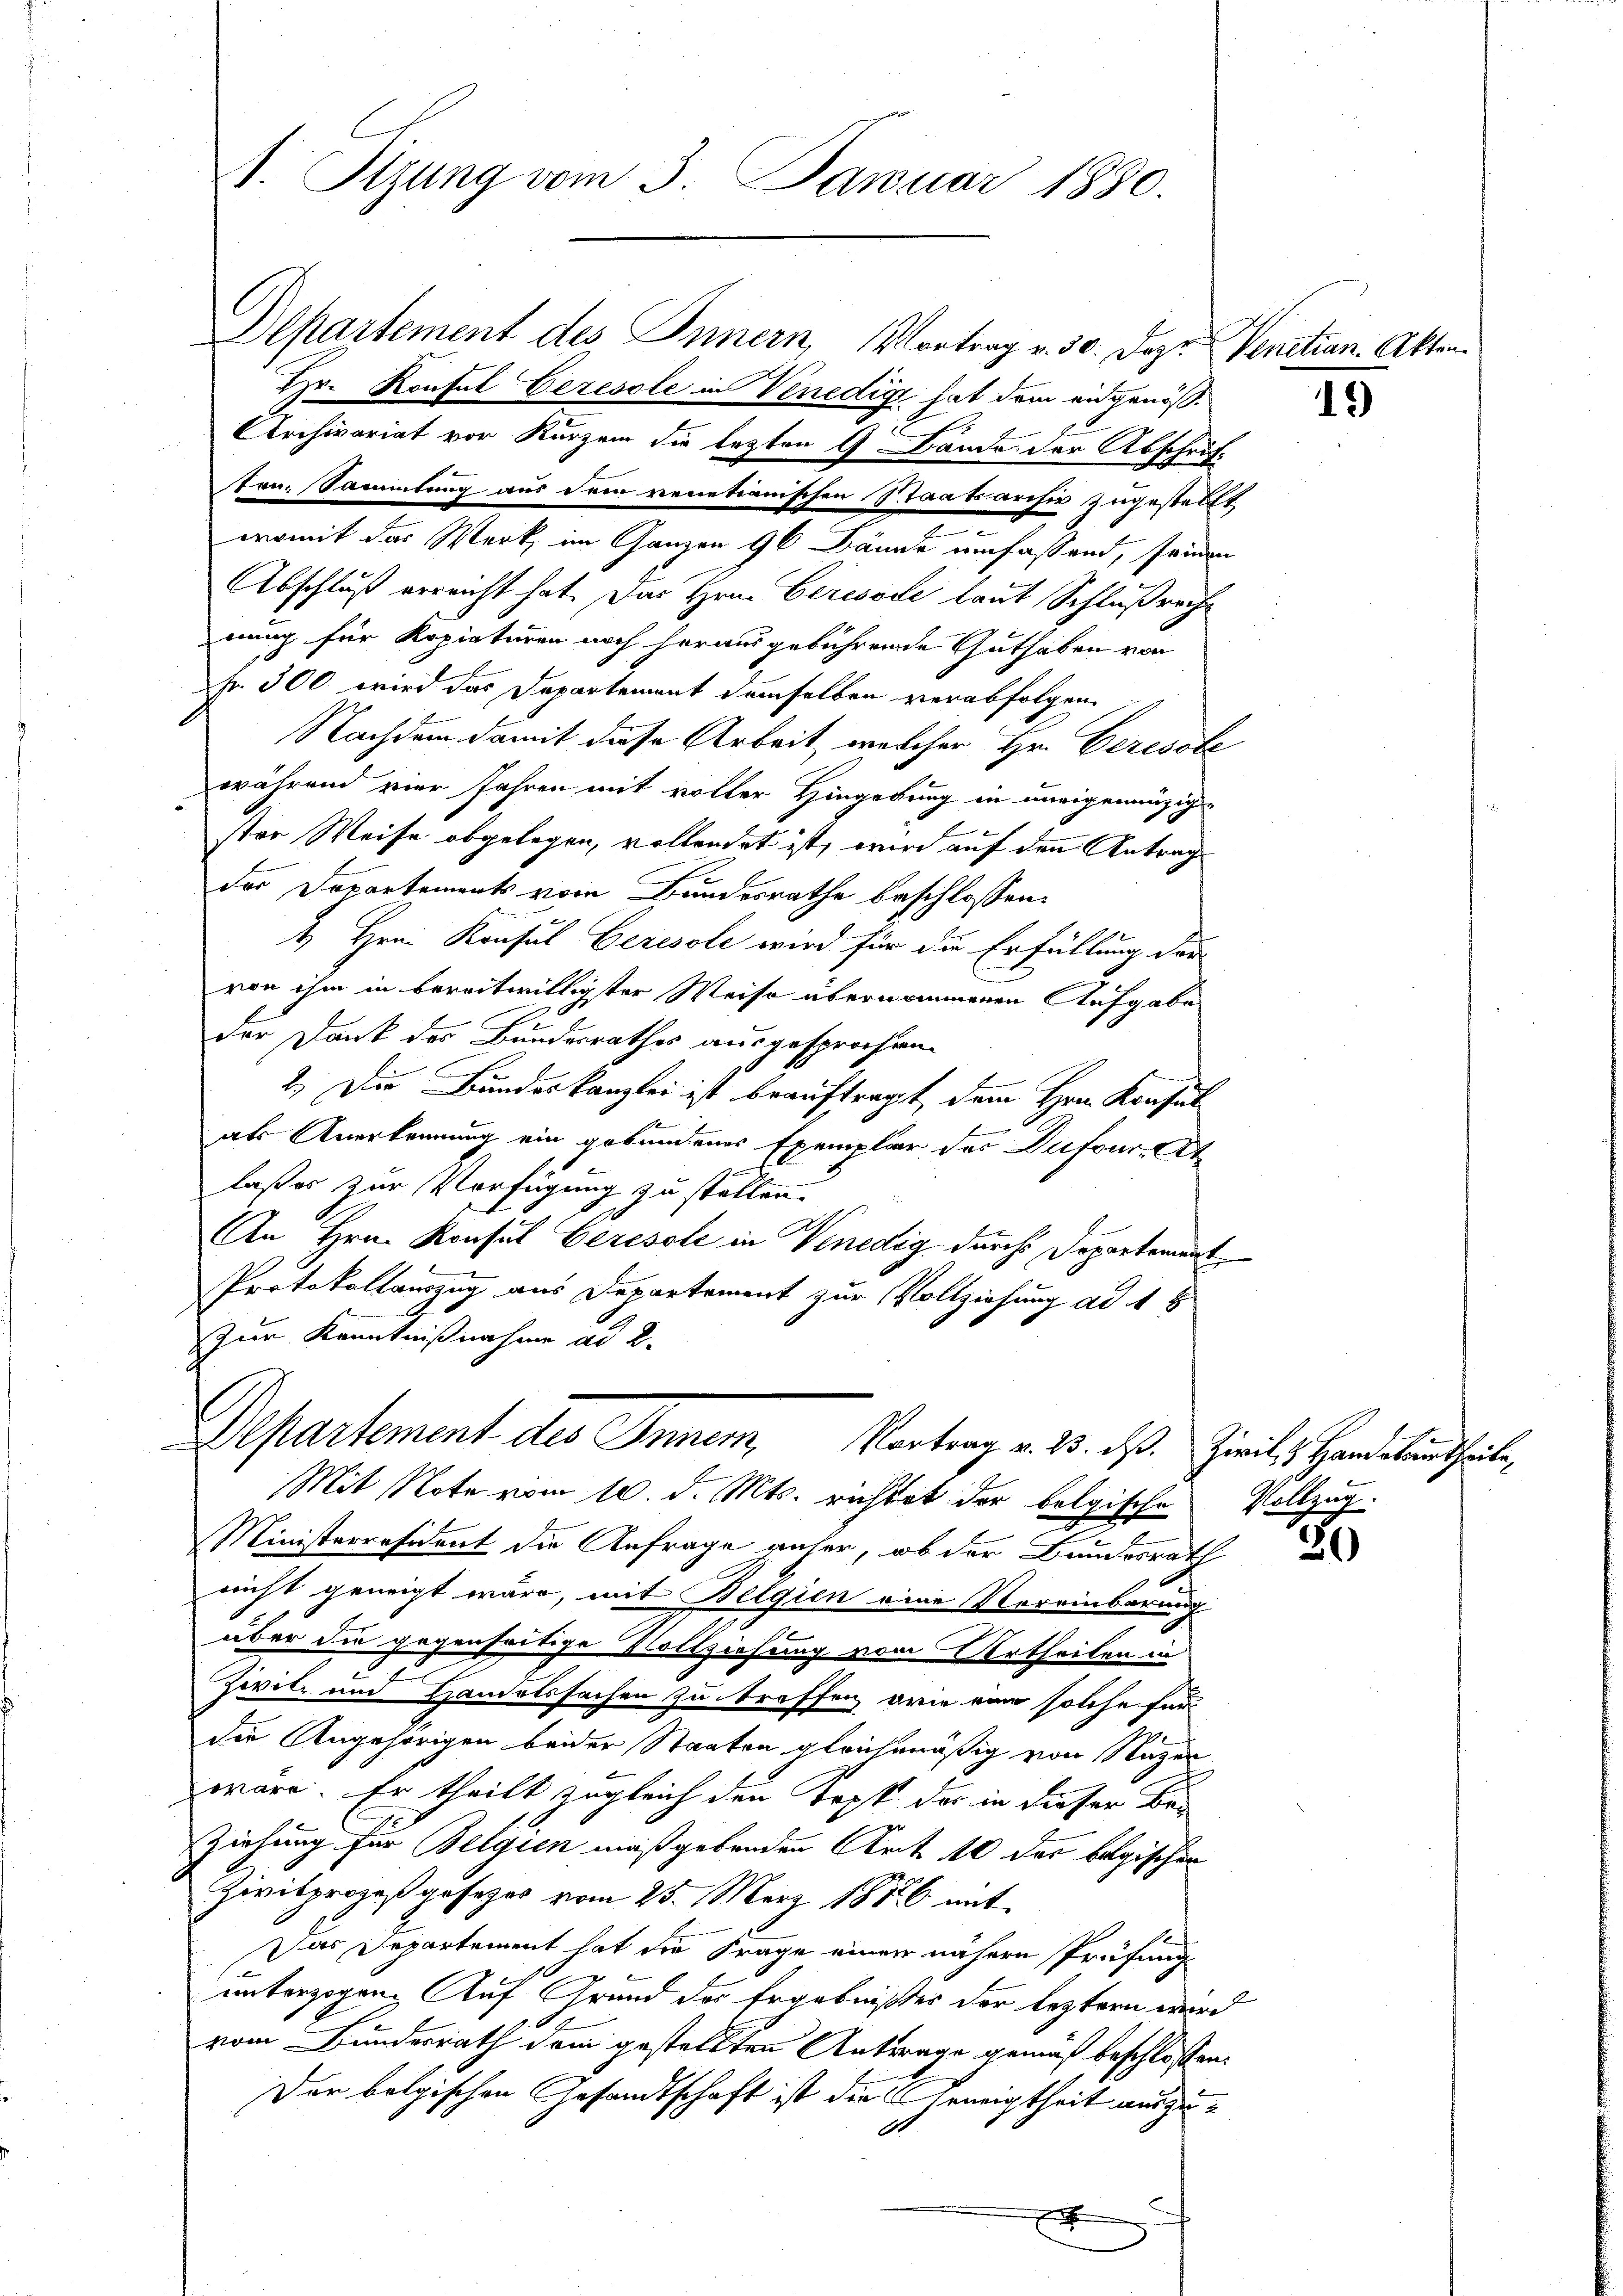
Departement des Innern Vortrag v. 30. Dazu Venetian Akten.
Hr. Konsul Ceresole in Venedigt hat dem eidgenöß¬
Archivariat vor Kurzem die lezten 9 Bande der Abschriften. Sammlung aus dem venetianischen Staatsarchiv zugestellt
womit das Werk, im Ganzen 96 Bände umfassend, seinen
Abschluß erreicht hat. Das Hrn. Ceresode laut Schlußrechnung für Kopiaturen noch herausgebührende Guthaben von
fr. 300 wird das Departement demselben verabfolgen.
Nachdem damit diese Arbeit, welcher Hr. Ceresste
während vier Jahren mit voller Hingebung in uneigenanzige
ster Weise abgelegen, vollendet ist, wird auf den Antrag
der Departements vom Bundesrathe beschlossen:
4. Hrn. Konsul Ceresole wird für die Erfüllung der
von ihm in bereitwilligster Weise übernommenen Aufgabe
der Dank des Bundesrathes ausgesprochen.
0
2.) Die Bundeskanzlei ist beauftragt, dem Hrn. Konsul
als Anerkennung ein gebundenes Exemplar der Dufour, At
laßes zur Verfügung zu ställen.
An Hrn. Konsul Ceresole in Venedig durch Departement
Protokollauszug aus Departement zur Vollziehung ad 1 E
zur Kenntnißnahme ad 2.
Departement des Inner, Vortrag v. 25. dß. Zivil, Handetentheile
Mit Note vom 10. d. Mts. richtet der folgischen Vollzug.
Ministerresident die Anfrage anher, ob der Bundesrath
nicht geneigt wäre, mit Belgien eine Voreinbarung
E
über die gegenseitige Vollziehung vom Urtheilen in
Zivile und Handelssachen zu treffen, wie eine solche für
der Angehörigen beider Staaten gleichmäßig von Nuzen
wäre. Er theilt zugleich den Kopf das in dieser Be-
Ziehung für Belgien maßgebenden Art. 10 das belgischen
Zivilprozeß gesezes vom 25. März 1856 mit
Das Departement hat die Frage einer nähern Prüfungs
unterzogen. Auf Grund der Ergebnißes der leztern wird
vom Bundesrath dem gestellten Antrage gemäß beschlossen:
Der belgischen Gesandtschaft ist die Geneigtheit auszus
x

A. Sizung vom 3. Januar 1880.

30

19)